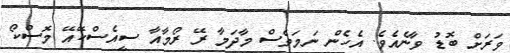
ވަރަށް ބޮޑު ވާނެއެވެ. އެހެން ނަމަވެސް މާދަމާ ރޭ ރޯމާއާ ސީއެސްކޭއޭ މޮސްކޯ